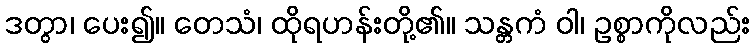
ဒတွာ၊ ပေး၍။ တေသံ၊ ထိုရဟန်းတို့၏။ သန္တကံ ဝါ၊ ဥစ္စာကိုလည်း